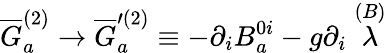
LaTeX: \overline{{{G}}}_{a}^{(2)}\rightarrow\overline{{{G}}}_{a}^{\prime(2)}\equiv-\partial_{i}B_{a}^{0i}-g\partial_{i}\stackrel{(B)}{\lambda}